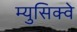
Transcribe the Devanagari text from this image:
म्युसिक्वे